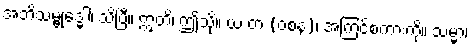
အဘိသမ္ဗုဒ္ဓေါ၊ သိပြီ။ ဣတိ၊ ဤသို့။ ယံ တံ (ဝစနံ)၊ အကြင်စကားကို။ သမ္မာ၊